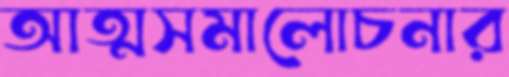
আত্মসমালোচনার